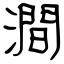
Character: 澗